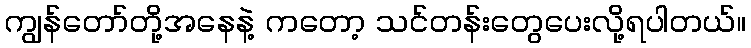
ကျွန်တော်တို့အနေနဲ့ ကတော့ သင်တန်းတွေပေးလို့ရပါတယ်။